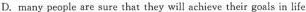
D.many people are sure that they will achieve their goals in life